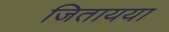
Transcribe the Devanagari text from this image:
जितायया